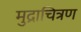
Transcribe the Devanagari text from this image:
मुद्राचित्रण